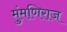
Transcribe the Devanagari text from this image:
मुंमणिराज